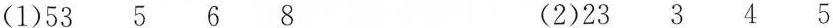
(1)53 5 6 8 (2)23 3 4 5